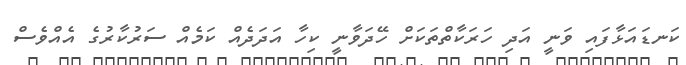
ކަނޑައަޅާފައި ވަނީ އަދި ހަރަކާތްތަކަށް ހޭދަވާނީ ކިހާ އަދަދެއް ކަމެއް ސަރުކާރުގެ އެއްވެސް